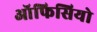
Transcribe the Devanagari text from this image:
ऑफिसियो